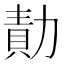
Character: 勣